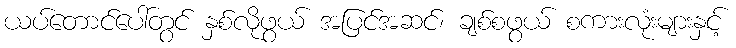
ယပ်တောင်ပေါ်တွင် နှစ်လိုဖွယ် အပြင်အဆင်၊ ချစ်စဖွယ် စကားလုံးများနှင့်